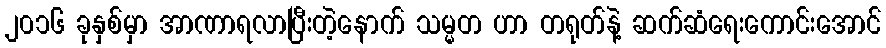
၂၀၁၆ ခုနှစ်မှာ အာဏာရလာပြီးတဲ့နောက် သမ္မတ ဟာ တရုတ်နဲ့ ဆက်ဆံရေးကောင်းအောင်